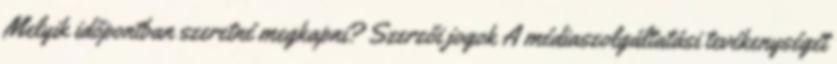
Melyik időpontban szeretné megkapni? Szerzői jogok A médiaszolgáltatási tevékenységét